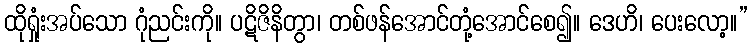
ထိုရှုံးအပ်သော ဂုံညင်းကို။ ပဋိဇိနိတွာ၊ တစ်ဖန်အောင်တုံ့အောင်စေ၍။ ဒေဟိ၊ ပေးလော့။”